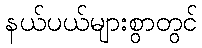
နယ်ပယ်များစွာတွင်